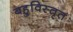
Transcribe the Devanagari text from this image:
बहुविस्तृत